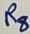
Text: R8